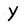
Character: Y